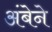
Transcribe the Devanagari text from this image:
अंबेने